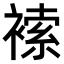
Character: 𧛻